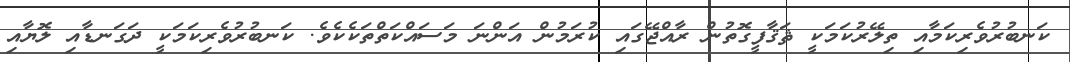
ކަނބުރުވެރިކަމާއި ތިލޭރުކަމަކީ ޘަޤާފީގޮތުން ރާއްޖޭގައި ކުރަމުން އަންނަ މަސައްކަތްތަކެކެވެ. ކަނބުރުވެރިކަމަކީ ދަގަނޑާއި ލޮޔާއި